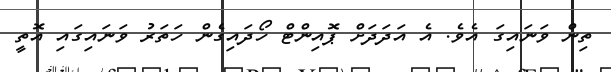
ތިން ވަނައިގަ އެވެ. އެ އަދަދަށް ޕޮއިންޓް ހޯދައިގެން ހަތަރު ވަނައިގައި އޮތީ